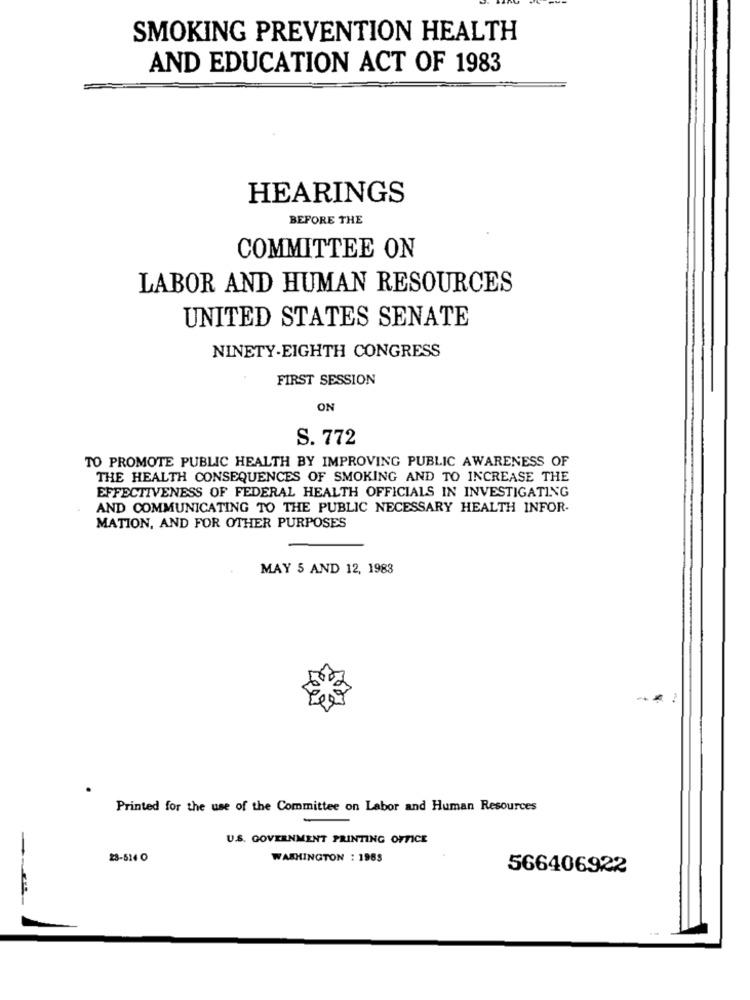
SMOKING PREVENTION HEALTH
AND EDUCATION ACT OF 1983
HEARINGS
BEFORE THE
COMMITTEE ON
LABOR AND HUMAN RESOURCES
UNITED STATES SENATE
NINETY-EIGHTH CONGRESS
FIRST SESSION
ON
S. 772
TO PROMOTE PUBLIC HEALTH BY IMPROVING PUBLIC AWARENESS OF
THE HEALTH CONSEQUENCES OF SMOKING AND TO INCREASE THE
EFFECTIVENESS OF FEDERAL HEALTH OFFICIALS IN INVESTIGATING
AND COMMUNICATING TO THE PUBLIC NECESSARY HEALTH INFOR-
MATION, AND FOR OTHER PURPOSES
MAY 5 AND 12, 1983
Printed for the use of the Committee on Labor and Human Resources
U.S. GOVERNMENT PRINTING OFFICE
28-514 O
WASHINGTON : 1989
566406922